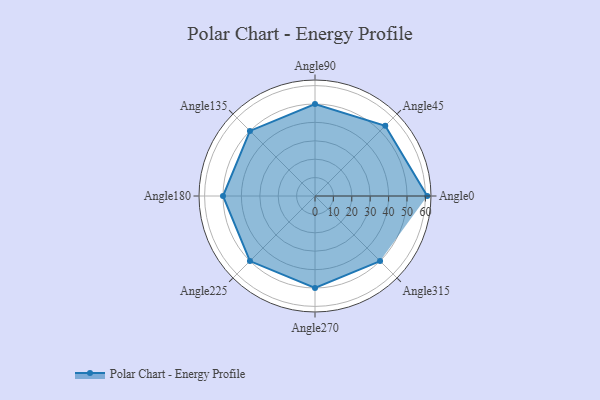
{"axis": {"x": "Angle", "y": "Radius"}, "legend": [""], "data": [{"x": "Angle0", "y": 61.0, "type": ""}, {"x": "Angle45", "y": 54.0, "type": ""}, {"x": "Angle90", "y": 50, "type": ""}, {"x": "Angle135", "y": 50, "type": ""}, {"x": "Angle180", "y": 50, "type": ""}, {"x": "Angle225", "y": 50, "type": ""}, {"x": "Angle270", "y": 50, "type": ""}, {"x": "Angle315", "y": 50, "type": ""}]}